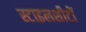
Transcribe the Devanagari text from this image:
स्टाइलशीटों